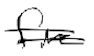
Text: fire
Cross-out: double-line
Writing tool: digital_black